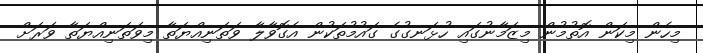
މިހެން މިކަން އޮތުމުން މިޒަމާނުގައި ހުޅަނގުގެ ގައުމުތަކުން އެގޮވާލާ ވަތަނިއްޔަތާ މިވަތަނިއްޔަތާ ވަރަށް